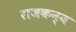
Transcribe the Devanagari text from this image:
राजकन्य